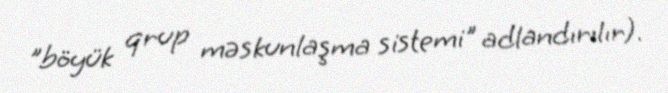
"böyük qrup məskunlaşma sistemi" adlandırılır).